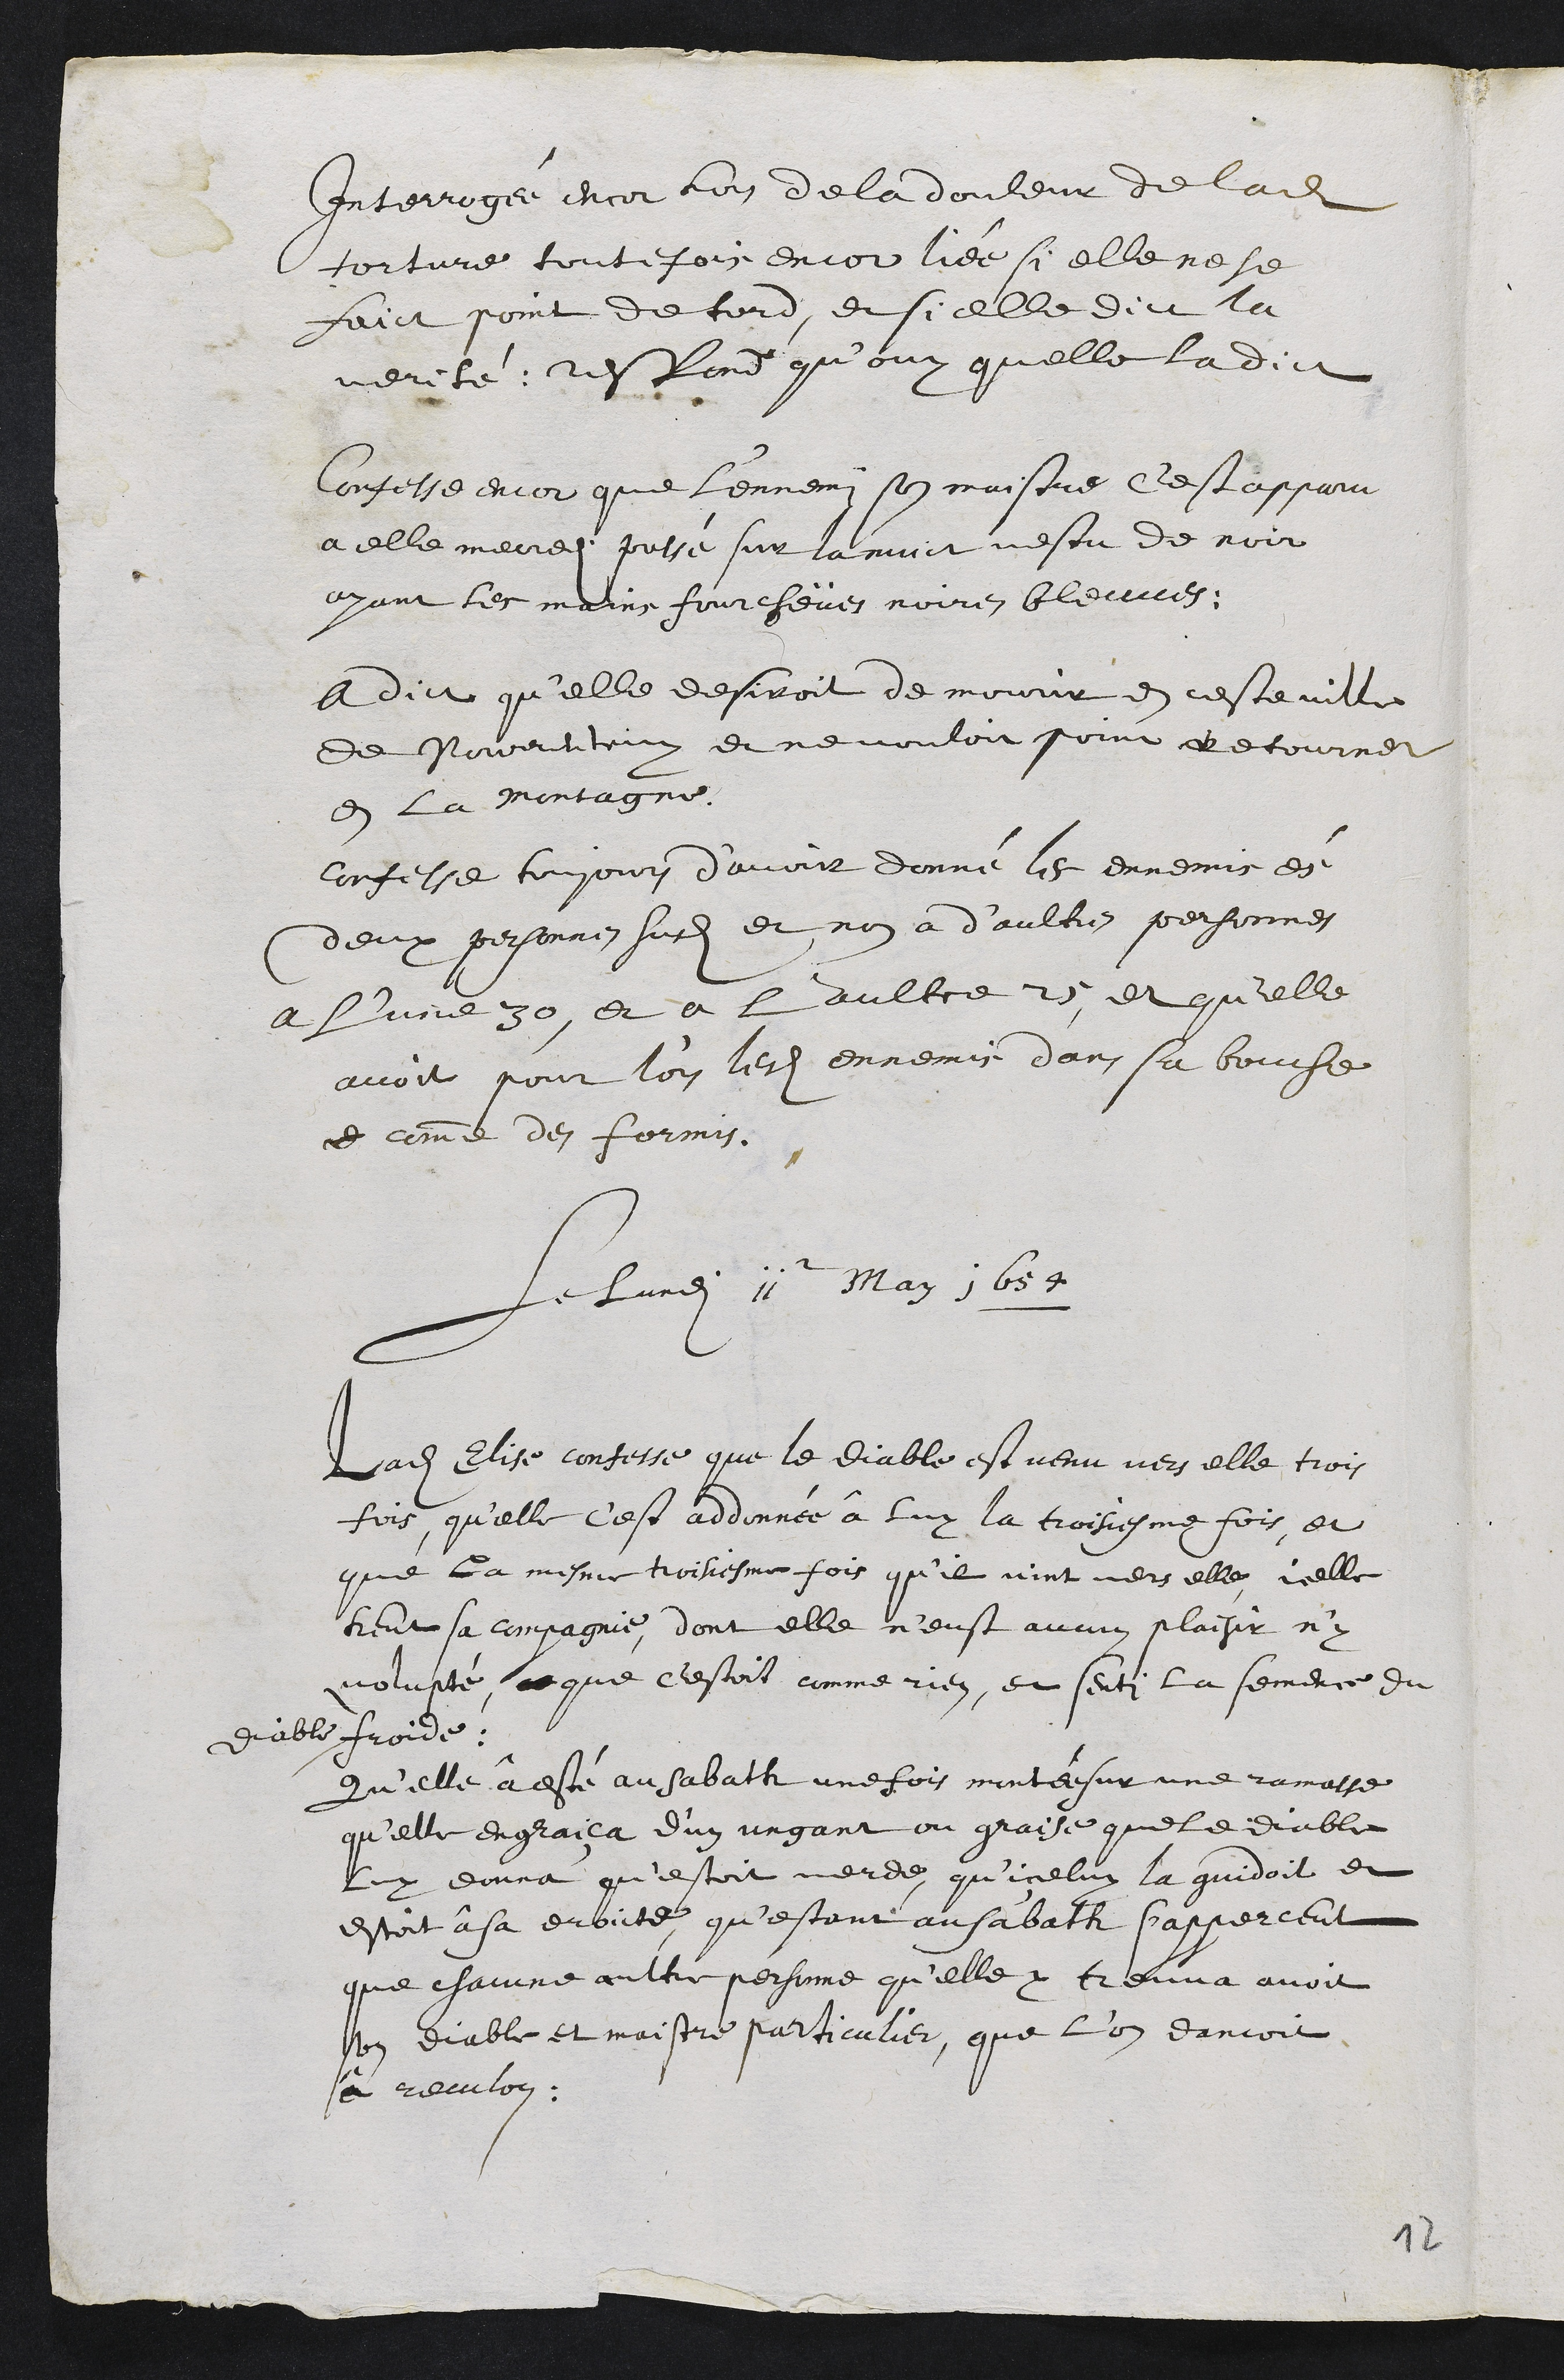
Interrogée encor hors de la douleur de ladite
torture toutefois encor liée si elle ne se
faict point de tord, et si elle dict la
verité, respond qu'ouy quelle la dict
Confesse encor que l'ennemi son maistre c'est apparu
a elle mercredi passé sur la nuict vestu de noir
ayant les mains fourcheües noires bleuves.
A dict qu'elle desiroit de mourir en ceste ville
de Porrentruy et ne vouloit point retourner
en la Montagne.
Confesse toujours d’avoir donné les ennemis ès
deux personnes susdites et non a d’aultres personnes
a l’une 30, et a l'aultre 25, et qu'elle
avoit pour l'ors lesdits ennemis dans sa bouche,
et comme des formis.
Lundi 11 May 1654
Ladite Elise confesse que le Diable est venu vers elle trois
fois, qu’elle c'est addonnée à luy la troisiesme fois, et
que la mesme troisiesme fois qu'il vint vers elle icelle
heut sa compagnie, dont elle n’eust aucun plaisir n'y
volupté, ce que c’estoit comme rien, et senti la semence du
diable froide
Qu'elle à esté au Sabath une fois montée sur une ramasse
qu'elle engraiça d'un ungant ou graisse que le diable
Luy donna qu'estoit verde, qu'iceluy la guidoit et
estoit à sa droicte, qu'estant au sabath s'apperceut
que chacune aultre persone qu'elle y treuva avoit
son diable et maistre particulier, que l’on dancoit
à reculon.
12